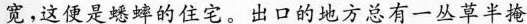
宽,这便是蟋蟀的住宅。出口的地方总有一丛草半掩